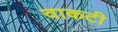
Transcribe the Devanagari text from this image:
वाकटी